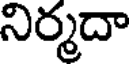
నిర్మదా